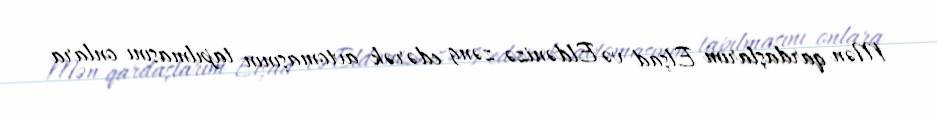
Mən qardaşlarım Elşad və Eldənizə zəng edərək avtomaşının tapılmasını onlara